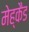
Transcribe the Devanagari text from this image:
मेह्कैड